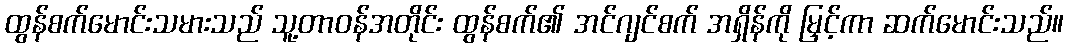
ထွန်စက်မောင်းသမားသည် သူ့တာဝန်အတိုင်း ထွန်စက်၏ အင်ဂျင်စက် အရှိန်ကို မြှင့်ကာ ဆက်မောင်းသည်။